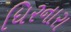
ધિરનારા